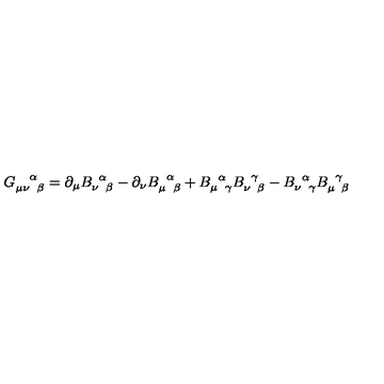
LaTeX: G _ { \mu \nu \phantom { \alpha } \beta } ^ { \phantom { \mu \nu } \alpha } = \partial _ { \mu } B _ { \nu \phantom { \alpha } \beta } ^ { \phantom { \nu } \alpha } - \partial _ { \nu } B _ { \mu \phantom { \alpha } \beta } ^ { \phantom { \mu } \alpha } + B _ { \mu \phantom { \alpha } \gamma } ^ { \phantom { \mu } \alpha } B _ { \nu \phantom { \gamma } \beta } ^ { \phantom { \nu } \gamma } - B _ { \nu \phantom { \alpha } \gamma } ^ { \phantom { \nu } \alpha } B _ { \mu \phantom { \gamma } \beta } ^ { \phantom { \mu } \gamma }